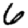
Digit: 6